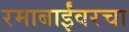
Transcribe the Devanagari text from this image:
रमाबाईंवरचा